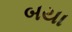
બયા